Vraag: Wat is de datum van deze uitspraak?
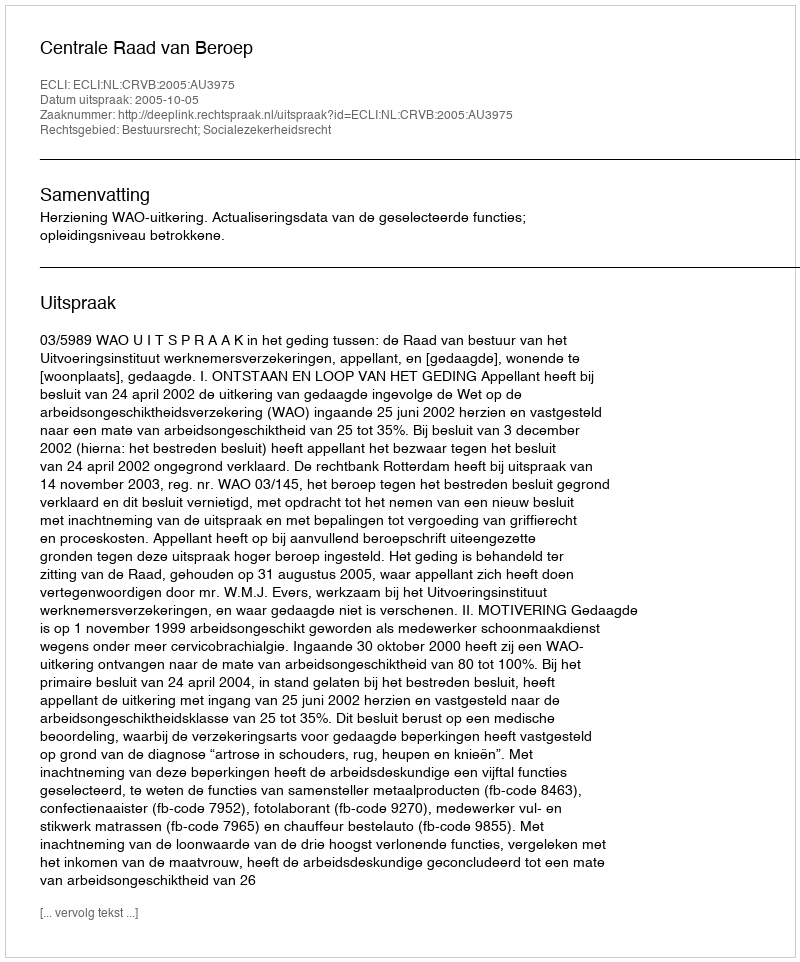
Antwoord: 2005-10-05